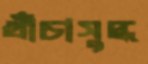
খাঁচাসুদ্ধ